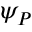
\psi _ { P }